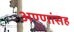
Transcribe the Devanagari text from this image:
अण्णांसह